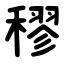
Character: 穋